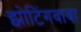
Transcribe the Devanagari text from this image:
झोटिंगबाबा